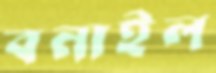
বনাইল